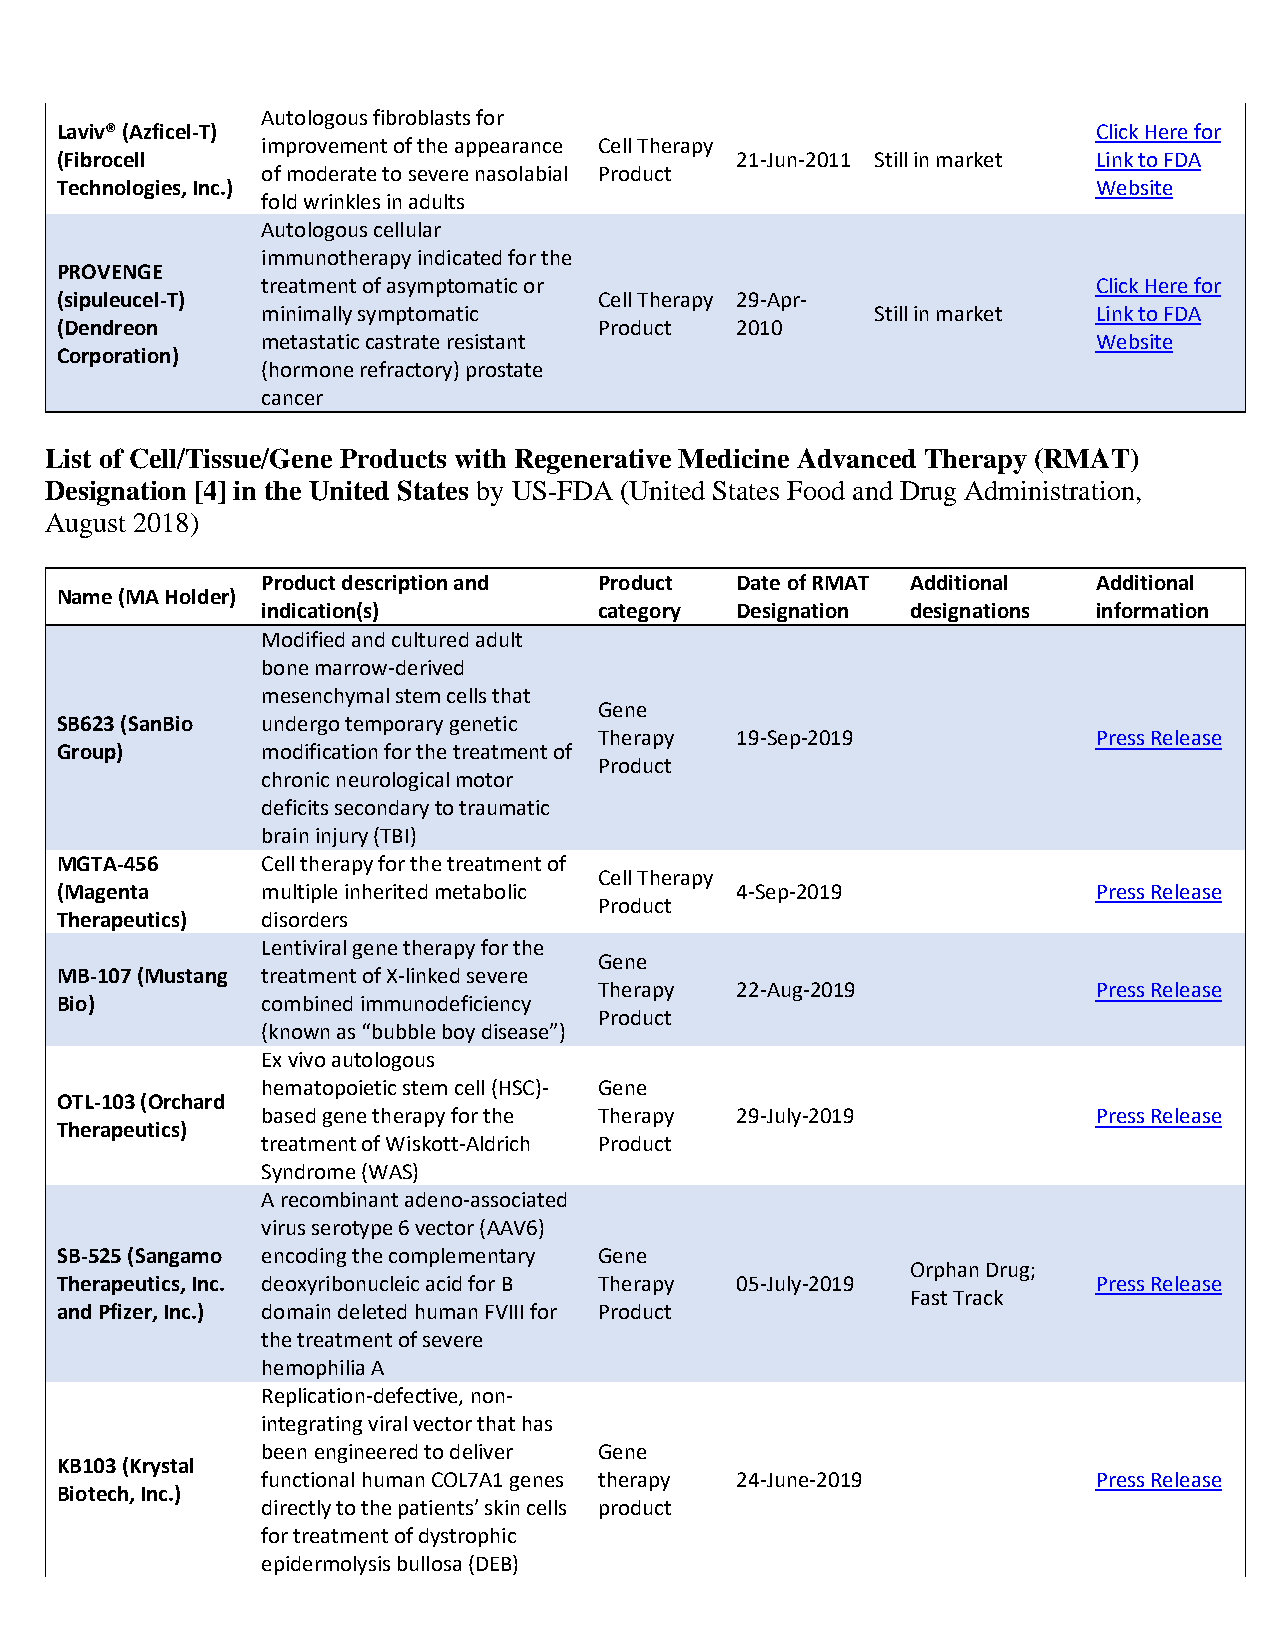
Autologous fibroblasts for
 Laviv® (Azficel-T)                                                   Click Here for
 improvement of the appearance Cell Therapy
 (Fibrocell                                   21-Jun-2011 Still in market Link to FDA
 of moderate to severe nasolabial Product
 Technologies, Inc.)                                                  Website
 fold wrinkles in adults
 Autologous cellular
 immunotherapy indicated for the
 PROVENGE
 treatment of asymptomatic or                            Click Here for
 (sipuleucel-T)                      Cell Therapy 29-Apr-
 minimally symptomatic                    Still in market Link to FDA
 (Dendreon                           Product  2010
 metastatic castrate resistant                           Website
 Corporation)
 (hormone refractory) prostate
 cancer
 List of Cell/Tissue/Gene Products with Regenerative Medicine Advanced Therapy (RMAT)
 Designation [4] in the United States by US-FDA (United States Food and Drug Administration,
 August 2018)
 Product description and Product Date of RMAT Additional Additional
 Name (MA Holder)
 indication(s)          category Designation designations information
 Modified and cultured adult
 bone marrow-derived
 mesenchymal stem cells that
 Gene
 SB623 (SanBio undergo temporary genetic
 Therapy  19-Sep-2019             Press Release
 Group)       modification for the treatment of
 Product
 chronic neurological motor
 deficits secondary to traumatic
 brain injury (TBI)
 MGTA-456     Cell therapy for the treatment of
 Cell Therapy
 (Magenta     multiple inherited metabolic    4-Sep-2019              Press Release
 Product
 Therapeutics) disorders
 Lentiviral gene therapy for the
 Gene
 MB-107 (Mustang treatment of X-linked severe
 Therapy  22-Aug-2019             Press Release
 Bio)         combined immunodeficiency
 Product
 (known as “bubble boy disease”)
 Ex vivo autologous
 hematopoietic stem cell (HSC)- Gene
 OTL-103 (Orchard
 based gene therapy for the Therapy 29-July-2019         Press Release
 Therapeutics)
 treatment of Wiskott-Aldrich Product
 Syndrome (WAS)
 A recombinant adeno-associated
 virus serotype 6 vector (AAV6)
 SB-525 (Sangamo encoding the complementary Gene
 Orphan Drug;
 Therapeutics, Inc. deoxyribonucleic acid for B Therapy 05-July-2019  Press Release
 Fast Track
 and Pfizer, Inc.) domain deleted human FVIII for Product
 the treatment of severe
 hemophilia A
 Replication-defective, non-
 integrating viral vector that has
 been engineered to deliver Gene
 KB103 (Krystal
 functional human COL7A1 genes therapy 24-June-2019      Press Release
 Biotech, Inc.)
 directly to the patients’ skin cells product
 for treatment of dystrophic
 epidermolysis bullosa (DEB)